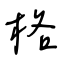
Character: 格